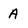
Character: A